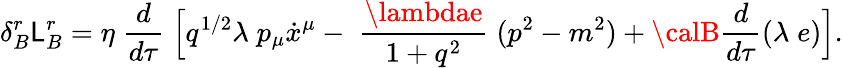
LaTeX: \delta_{B}^{r}\mathsf{L}_{B}^{r}=\eta\; \frac{{d}}{{d\tau}}\; \Bigl[q^{1/2}\lambda\; p_{\mu}\dot{{x}}^{\mu}-\; \frac{{\lambdae}}{{1+q^{2}}}\; (p^{2}-m^{2})+{\calB}\frac{{d}}{{d\tau}}(\lambda\; e)\Bigr].